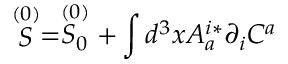
\stackrel { ( 0 ) } { S } = \stackrel { ( 0 ) } { S _ { 0 } } + \int d ^ { 3 } x A _ { a } ^ { i * } \partial _ { i } C ^ { a }